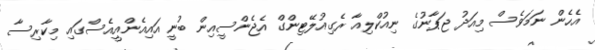
އެހެން ނަމަވެސް މިއަދު ޖަޕާނުގެ ނިއުކްލިއާ ރެގިއުލޭޓިންގް އެޖެންސީއިން ބުނީ އައިއެންއީއެސްގައި މިކާރިސާ